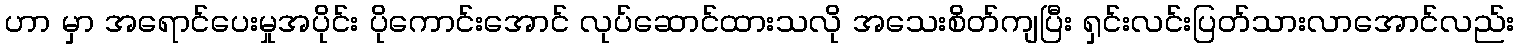
ဟာ မှာ အရောင်ပေးမှုအပိုင်း ပိုကောင်းအောင် လုပ်ဆောင်ထားသလို အသေးစိတ်ကျပြီး ရှင်းလင်းပြတ်သားလာအောင်လည်း